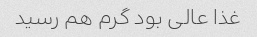
غذا عالی بود گرم هم رسید